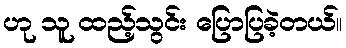
ဟု သူ ထည့်သွင်း ပြောပြခဲ့တယ်။